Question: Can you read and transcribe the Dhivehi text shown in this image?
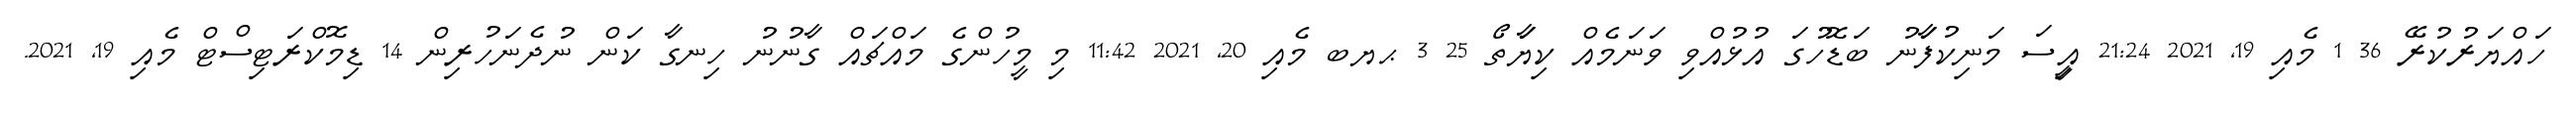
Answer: ހައްޔަރުކުރޭ 36 1 މެއި 19, 2021 21:24 އިީސަ މަނިކުފަާނު ބަޑޮހުގަ އުޅުއްވި ވަނަމެއް ކިޔަާތޯ 25 3 ޙޔބ މެއި 20, 2021 11:42 މި މީހުންގެ މައްޗައް ގާނުނު ހިނގާ ކަން ނުދެނަހުރިން 14 ޑިމޮކްރަޓިސްޓް މެއި 19, 2021.